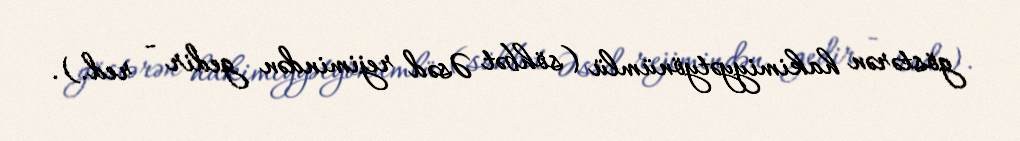
göstərən hakimiyyətyönümlü (söhbət Əsəd rejimindən gedir - red.).